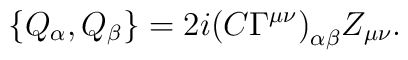
\left\{Q_\alpha, Q_\beta\right\}=2i{(C\Gamma^{\mu\nu})}_{\alpha\beta}Z_{\mu\nu}.